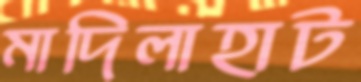
মাদিলাহাট